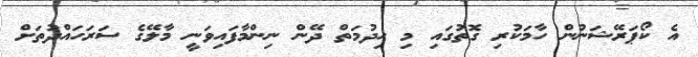
އެ ކޯޕަރޭޝަނުން ހާމަކުރި ގޮތުގައި މި ހިދުމަތް ދޭން ނިންމާފައިވަނީ މާލޭގެ ސަރަހައްދުތަށް